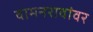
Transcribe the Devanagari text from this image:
वामनरावांवर